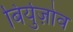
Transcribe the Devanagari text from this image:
बिर्युज़ोव